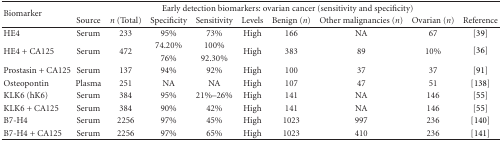
| <ROWSPAN=2> Biomarker | <COLSPAN=9> Early detection biomarkers: ovarian cancer (sensitivity and specificity) |
 | Source | n (Total) | Specificity | Sensitivity | Levels | Benign (n) | Other malignancies (n) | Ovarian (n) | Reference |
 | --- | --- | --- | --- | --- | --- | --- | --- | --- | --- |
 | HE4 | Serum | 233 | 95% | 73% | High | 166 | NA | 67 | [39] |
 | <ROWSPAN=2> HE4 + CA125 | <ROWSPAN=2> Serum | <ROWSPAN=2> 472 | 74.20% | 100% | <ROWSPAN=2> High | <ROWSPAN=2> 383 | <ROWSPAN=2> 89 | <ROWSPAN=2> 10% | <ROWSPAN=2> [36] |
 | 76% | 92.30% |
 | Prostasin + CA125 | Serum | 137 | 94% | 92% | High | 100 | 37 | 37 | [91] |
 | Osteopontin | Plasma | 251 | NA | NA | High | 107 | 47 | 51 | [138] |
 | KLK6 (hK6) | Serum | 384 | 95% | 21%–26% | High | 141 | NA | 146 | [55] |
 | KLK6 + CA125 | Serum | 384 | 90% | 42% | High | 141 | NA | 146 | [55] |
 | B7-H4 | Serum | 2256 | 97% | 45% | High | 1023 | 997 | 236 | [140] |
 | B7-H4 + CA125 | Serum | 2256 | 97% | 65% | High | 1023 | 410 | 236 | [141] |